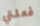
فعلتي